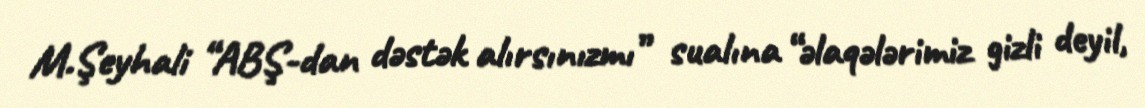
M.Şeyhali “ABŞ-dan dəstək alırsınızmı” sualına “əlaqələrimiz gizli deyil,